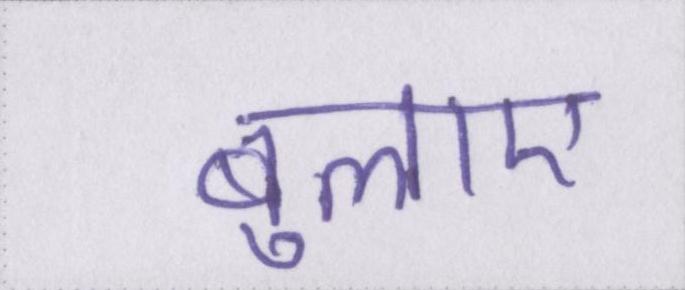
बुलाए